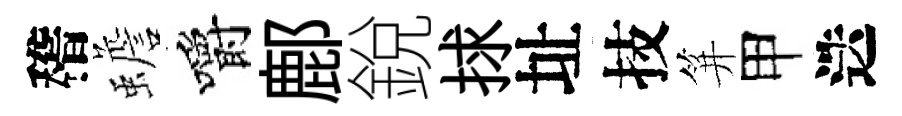
稽蟾嚼鄜銳捄址技笄甲迭